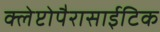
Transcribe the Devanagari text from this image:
क्लेप्टोपैरासाईटिक